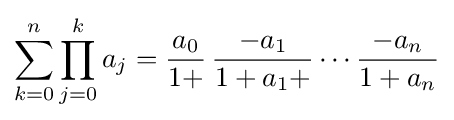
\sum _{k=0}^{n}\prod _{j=0}^{k}a_{j}={\frac {a_{0}}{1+}}\,{\frac {-a_{1}}{1+a_{1}+}}\cdots {\frac {-a_{n}}{1+a_{n}}}